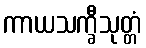
ကာယသက္ခီသုတ္တံ